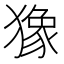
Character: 𤡸